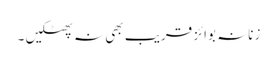
زنانہ بوائز قریب بھی نہ پھٹکیں ۔